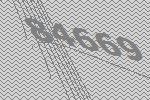
84669